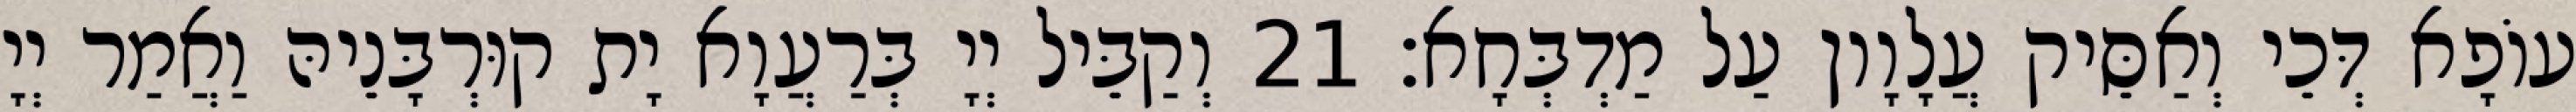
עוֹפָא דְּכֵי וְאַסֵּיק עֲלָוָון עַל מַדְבְּחָא׃ 21 וְקַבֵּיל יְיָ בְּרַעֲוָא יָת קוּרְבָּנֵיהּ וַאֲמַר יְיָ